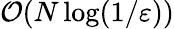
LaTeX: {\mathcal{O}}(N\log(1/\varepsilon))